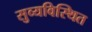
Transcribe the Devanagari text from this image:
सुव्यविस्थित